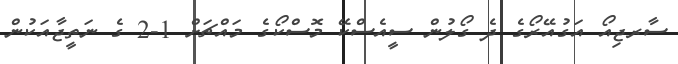
ސާރޖިއޯ އަގުއޭރޯގެ ދެ ގޯލުން ސީއެސްކޭ މޮސްކޯގެ މައްޗަށް 1-2 ގެ ނަތީޖާއަކުން